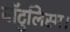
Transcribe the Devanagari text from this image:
बॉटुलिस्म।